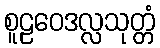
စူဠဝေဒလ္လသုတ္တံ